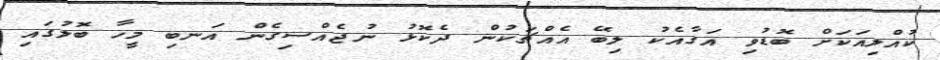
ކުއްލިއަކަށް ބޮޑުވި އަގާއެކު ލިބޭ އެއްޗަކުން ދެކޮޅު ނުޖެއްސިގެން އަނބި މީހާ ބޮލުގައި